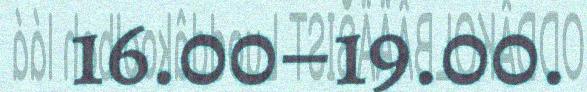
16.00–19.00.